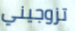
تزوجيني